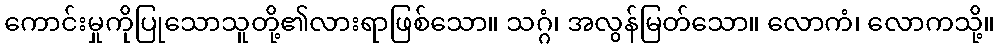
ကောင်းမှုကိုပြုသောသူတို့၏လားရာဖြစ်သော။ သဂ္ဂံ၊ အလွန်မြတ်သော။ လောကံ၊ လောကသို့။